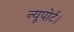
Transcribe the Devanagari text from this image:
न्यूपोर्ट।